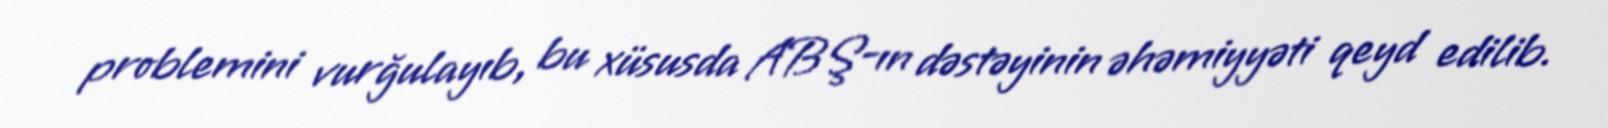
problemini vurğulayıb, bu xüsusda ABŞ-ın dəstəyinin əhəmiyyəti qeyd edilib.